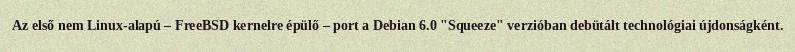
Az első nem Linux-alapú – FreeBSD kernelre épülő – port a Debian 6.0 "Squeeze" verzióban debütált technológiai újdonságként.